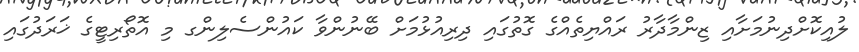
ލުއިކޮށްދިނުމަށާއި ޒިންމާދާރު ރައްޔިތެއްގެ ގޮތުގައި ދިރިއުޅުމަށް ބޭނުންވާ ކައުންސެލިންގ މި އޮތޯރިޓީގެ ޚަރަދުގައި